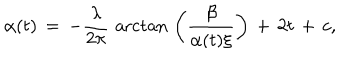
\alpha ( t ) \, = \, - { \frac { \lambda } { 2 \pi } } \, \operatorname { a r c t a n } \, \left( { \frac { \beta } { \alpha ( t ) \xi } } \right) \, + \, 2 t \, + \, c ,